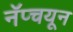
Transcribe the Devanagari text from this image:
नॅप्चयून